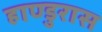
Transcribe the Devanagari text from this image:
हाण्डुरास